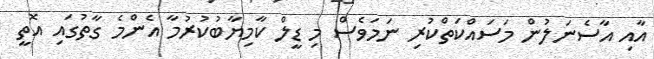
އާއި އާސެނަލުން މަސައްކަތްކުރި ނަމަވެސް މި ޑީލް ކާމިޔާބުކުރުމާ އެންމެ ގާތުގައި އޮތީ